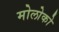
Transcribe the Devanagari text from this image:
मोलोको